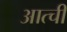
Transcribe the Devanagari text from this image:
आत्ची